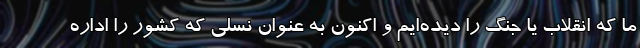
ما که انقلاب یا جنگ را دیده‌ایم و اکنون به عنوان نسلی که کشور را اداره